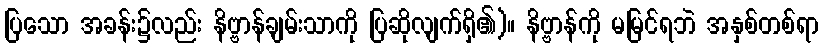
ပြသော အခန်း၌လည်း နိဗ္ဗာန်ချမ်းသာကို ပြဆိုလျက်ရှိ၏)။ နိဗ္ဗာန်ကို မမြင်ရဘဲ အနှစ်တစ်ရာ